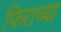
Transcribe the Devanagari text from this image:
फिराच्या